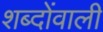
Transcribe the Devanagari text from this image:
शब्दोंवाली